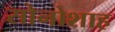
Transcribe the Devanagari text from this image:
सोनोशाह